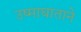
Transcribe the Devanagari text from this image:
उष्माघाताने